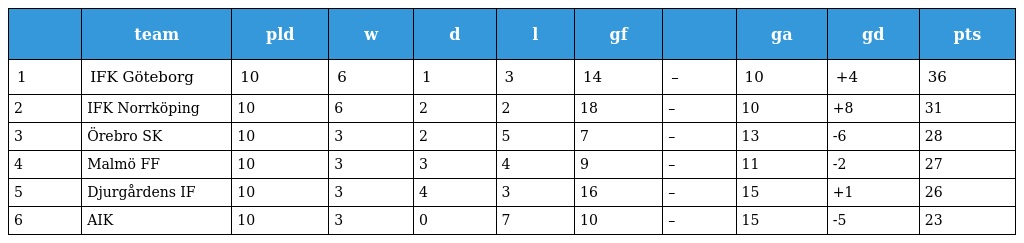
|  | team | pld | w | d | l | gf |  | ga | gd | pts |
 | --- | --- | --- | --- | --- | --- | --- | --- | --- | --- | --- |
 | 1 | IFK Göteborg | 10 | 6 | 1 | 3 | 14 | – | 10 | +4 | 36 |
 | 2 | IFK Norrköping | 10 | 6 | 2 | 2 | 18 | – | 10 | +8 | 31 |
 | 3 | Örebro SK | 10 | 3 | 2 | 5 | 7 | – | 13 | -6 | 28 |
 | 4 | Malmö FF | 10 | 3 | 3 | 4 | 9 | – | 11 | -2 | 27 |
 | 5 | Djurgårdens IF | 10 | 3 | 4 | 3 | 16 | – | 15 | +1 | 26 |
 | 6 | AIK | 10 | 3 | 0 | 7 | 10 | – | 15 | -5 | 23 |